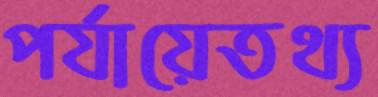
পর্যায়েতথ্য